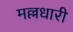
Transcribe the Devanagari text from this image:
मल्लधारी